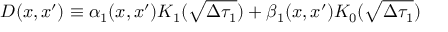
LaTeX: D ( x , x ^ { \prime } ) \equiv \alpha _ { 1 } ( x , x ^ { \prime } ) K _ { 1 } ( \sqrt { \Delta \tau _ { 1 } } ) + \beta _ { 1 } ( x , x ^ { \prime } ) K _ { 0 } ( \sqrt { \Delta \tau _ { 1 } } )